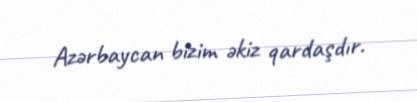
Azərbaycan bizim əkiz qardaşdır.